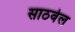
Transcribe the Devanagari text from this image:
साठवेल